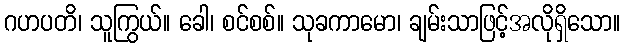
ဂဟပတိ၊ သူကြွယ်။ ခေါ၊ စင်စစ်။ သုခကာမော၊ ချမ်းသာဖြင့်အလိုရှိသော။